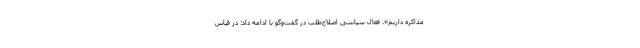
مذاکره داریم». فعال سیاسی اصلاح‌طلب در گفت‌وگو با ادامه داد: در قیاس